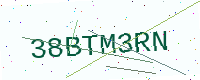
Text: 38BTM3RN